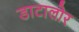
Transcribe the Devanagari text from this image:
डाटालोर